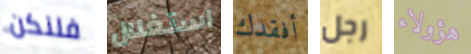
فلنكن استغلال أفقدك رجل هؤولاء